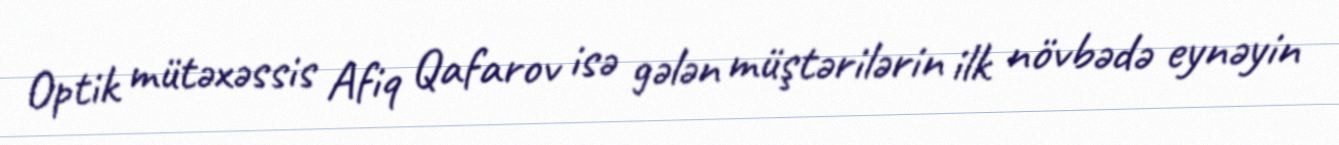
Optik mütəxəssis Afiq Qafarov isə gələn müştərilərin ilk növbədə eynəyin